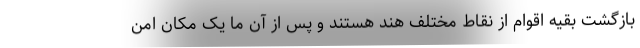
بازگشت بقیه اقوام از نقاط مختلف هند هستند و پس از آن ما یک مکان امن